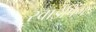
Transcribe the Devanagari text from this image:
स्वाईपिंग